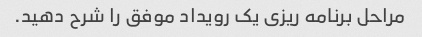
مراحل برنامه ریزی یک رویداد موفق را شرح دهید.